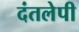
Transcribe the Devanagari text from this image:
दंतलेपी